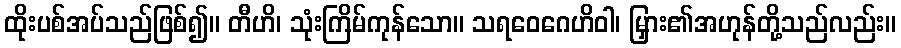
ထိုးပစ်အပ်သည်ဖြစ်၍။ တီဟိ၊ သုံးကြိမ်ကုန်သော။ သရဝေဂေဟိဝါ၊ မြှား၏အဟုန်တို့သည်လည်း။